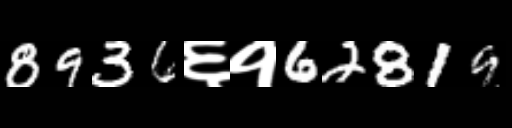
Text: 8936६१62819